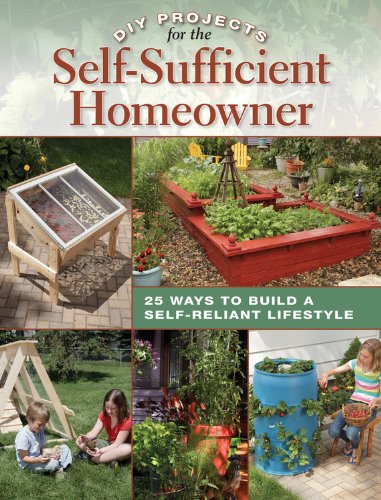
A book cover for DIY Projects for the Self-Sufficient Homeowner: 25 Ways to Build a Self-Reliant Lifestyle; Betsy Matheson; Crafts, Hobbies & Home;